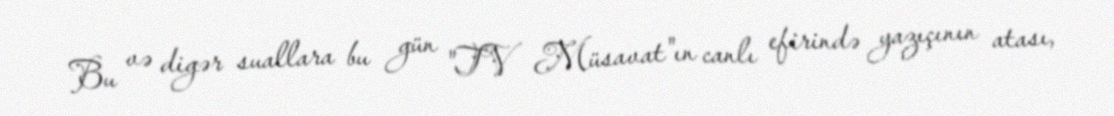
Bu və digər suallara bu gün "TV Müsavat"ın canlı efirində yazıçının atası,